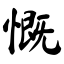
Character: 慨